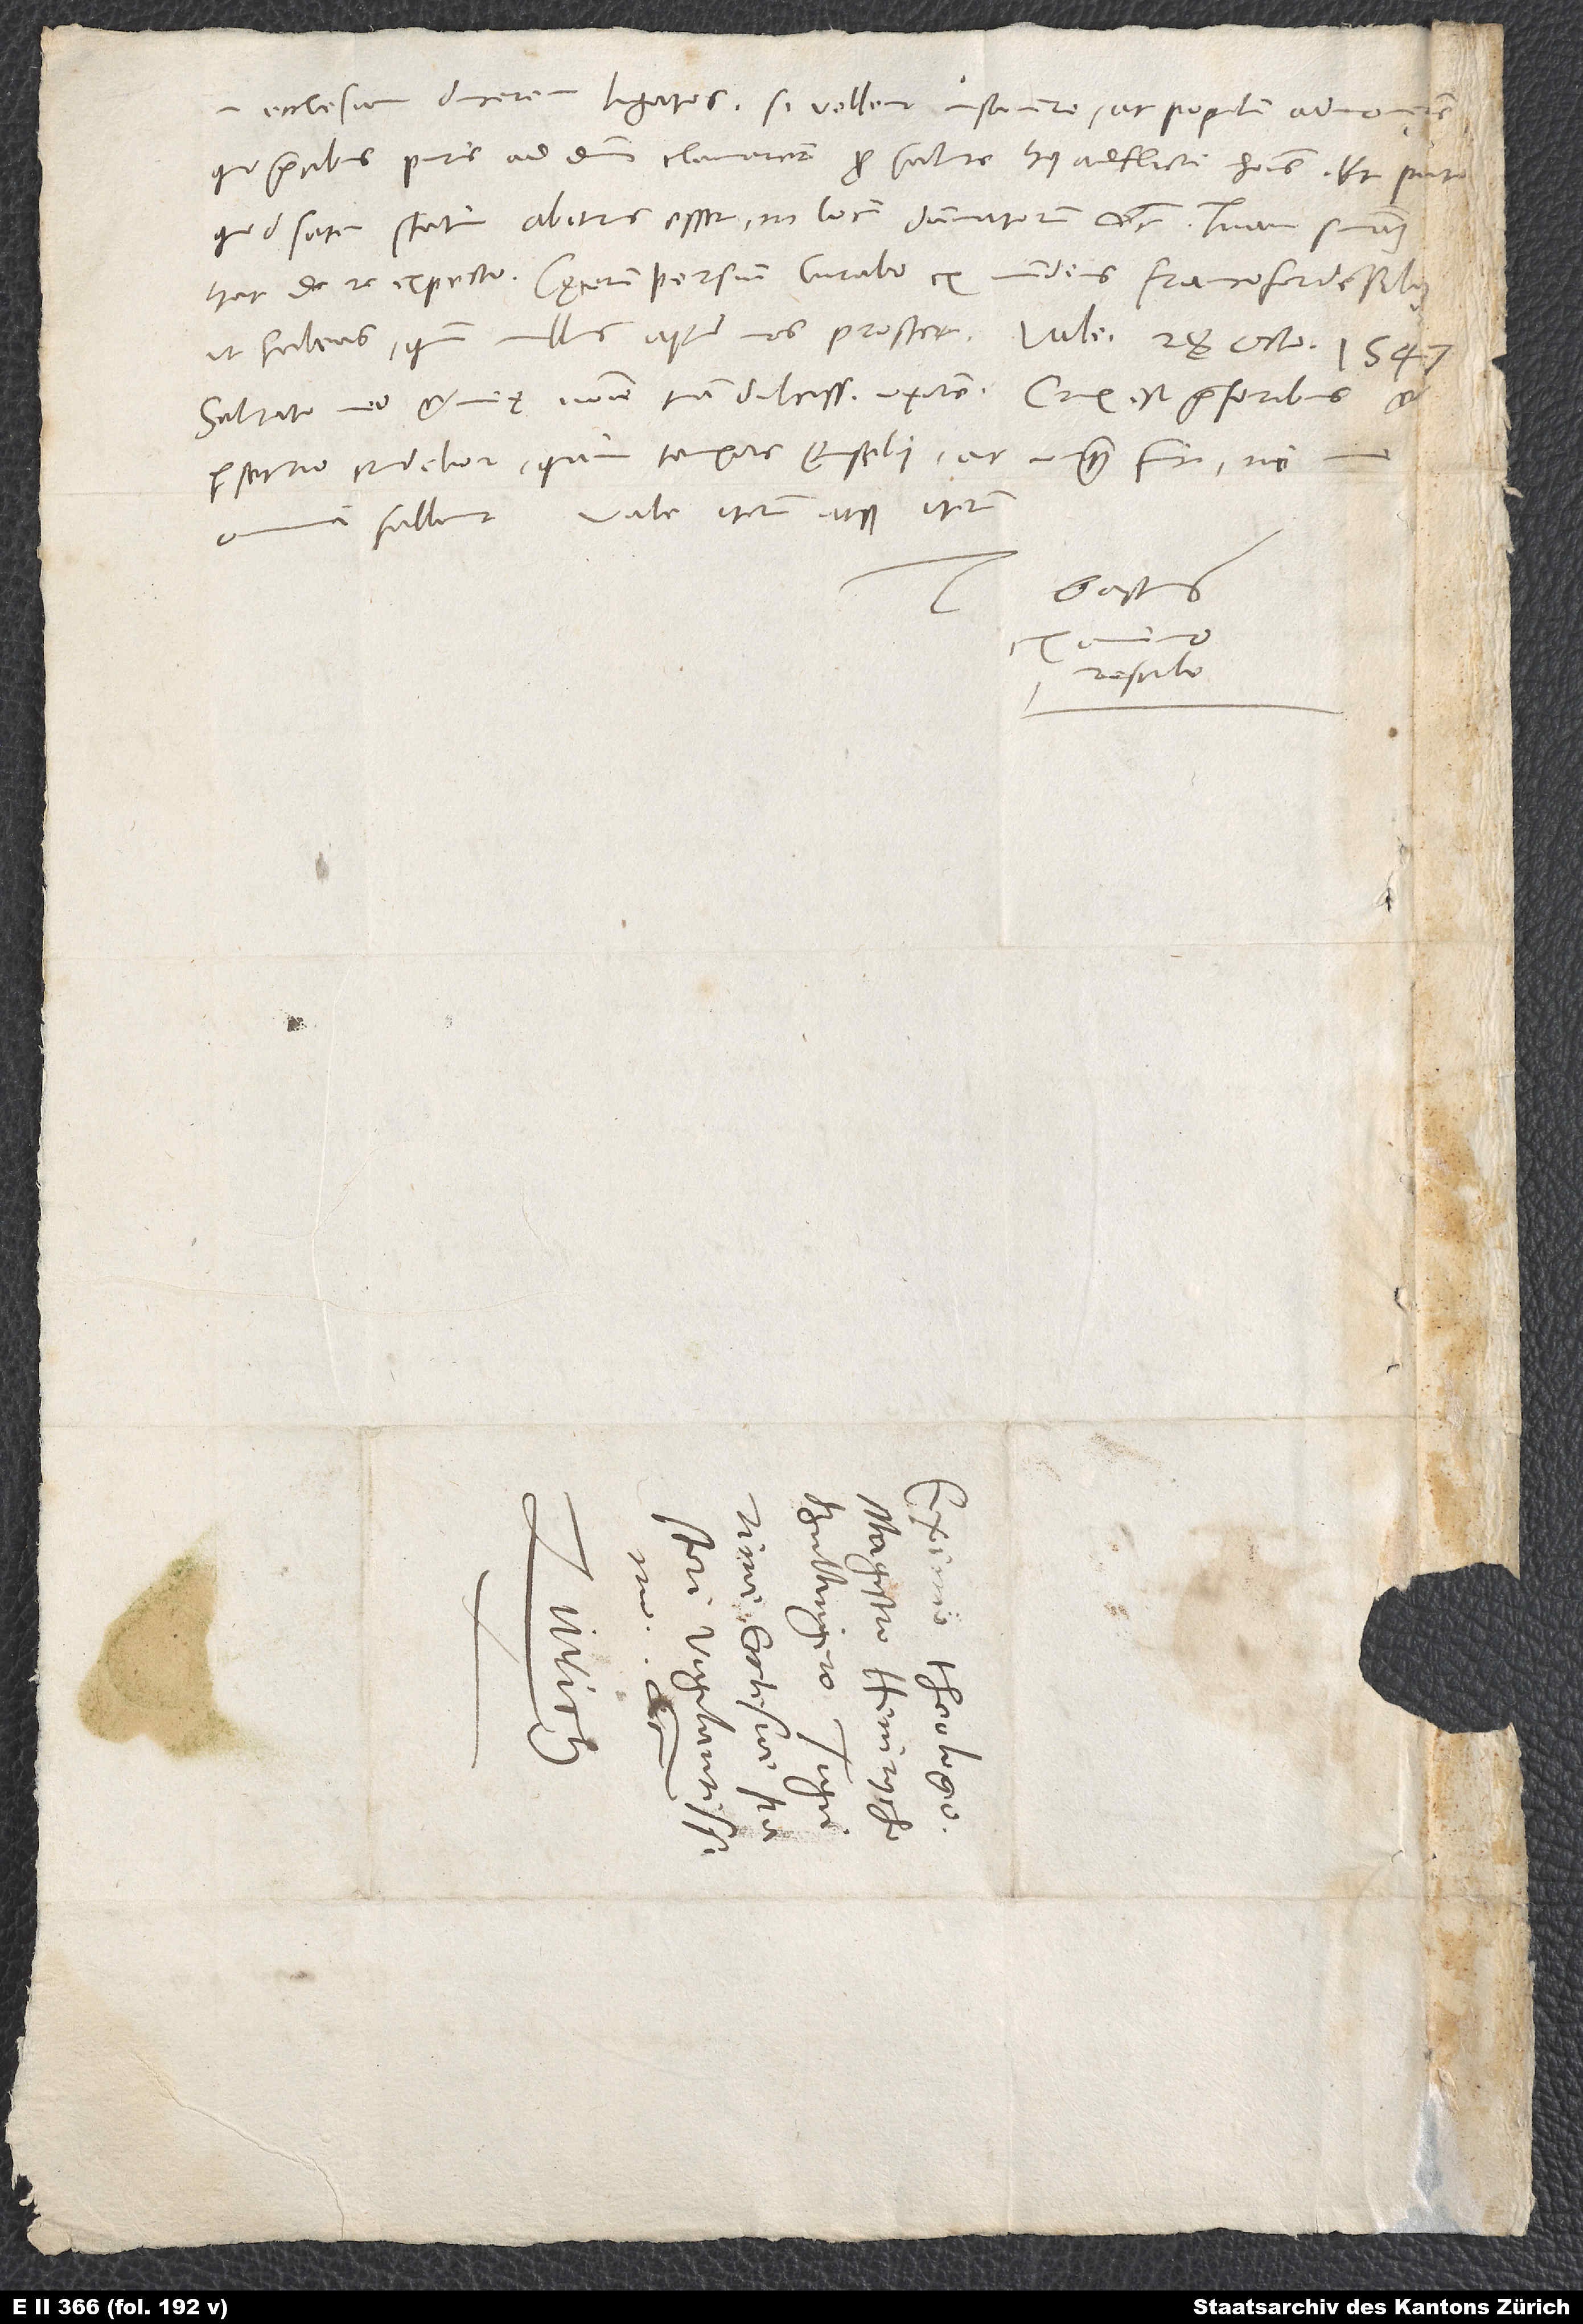
in ecclesiam ducerem ligatos, si vellent insanire, ac populum admone,
quod satan statim abiturus esset in locum damnatorum, etc. Tuam sententiam
ut habeas, quum nullus apud nos prostet.
Salutato meo et meę nomine tuam dulcissimam uxorem. Crux est prae foribus,
persecutio crudelior quam tempore Eusebii, ac nunquam fuit, ni
fallunt. Vale iterum atque iterum.
Gastius
S.